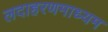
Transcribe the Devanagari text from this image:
लदाहरणमाध्यम